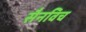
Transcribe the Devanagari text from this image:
सैनविच